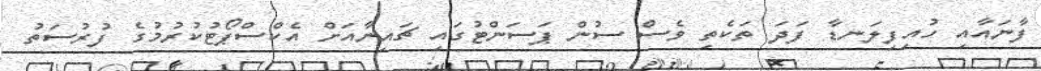
ފާނައާއި ހުއިފިލަނޑާ ފަދަ ތަކެތި ވެސް ސުން ޕަސަންޓުގައި ޗައިނާއަށް އެކްސްޕޯޓުކުރުމުގެ ފުރުސަތު